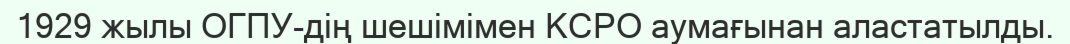
1929 жылы ОГПУ-дің шешімімен КСРО аумағынан аластатылды.